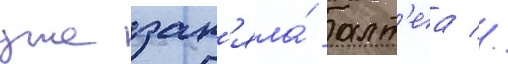
уже зан'яла́ алт'еа //